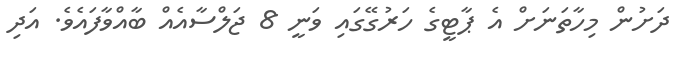
ދަށުން މިހާތަނަށް އެ ޕާޓީގެ ހަރުގޭގައި ވަނީ 8 ޖަލްސާއެއް ބާއްވާފައެވެ. އަދި